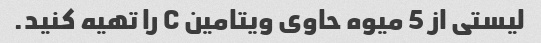
لیستی از 5 میوه حاوی ویتامین C را تهیه کنید.